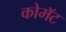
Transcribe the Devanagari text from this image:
कोमॅट